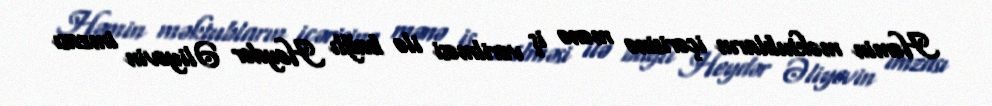
Həmin məktubların içərisinə mənə iş verilməsi ilə bağlı Heydər Əliyevin imzası